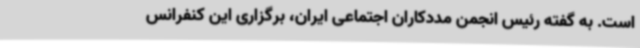
است. به گفته رئیس انجمن مددکاران اجتماعی ایران، برگزاری این کنفرانس